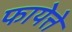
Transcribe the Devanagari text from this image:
फायेत्ते